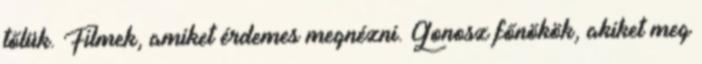
tőlük. Filmek, amiket érdemes megnézni. Gonosz főnökök, akiket meg